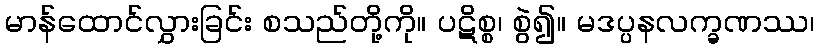
မာန်ထောင်လွှားခြင်း စသည်တို့ကို။ ပဋိစ္စ၊ စွဲ၍။ မဒပ္ပနလက္ခဏဿ၊